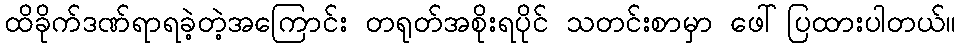
ထိခိုက်ဒဏ်ရာရခဲ့တဲ့အကြောင်း တရုတ်အစိုးရပိုင် သတင်းစာမှာ ဖေါ်ပြထားပါတယ်။